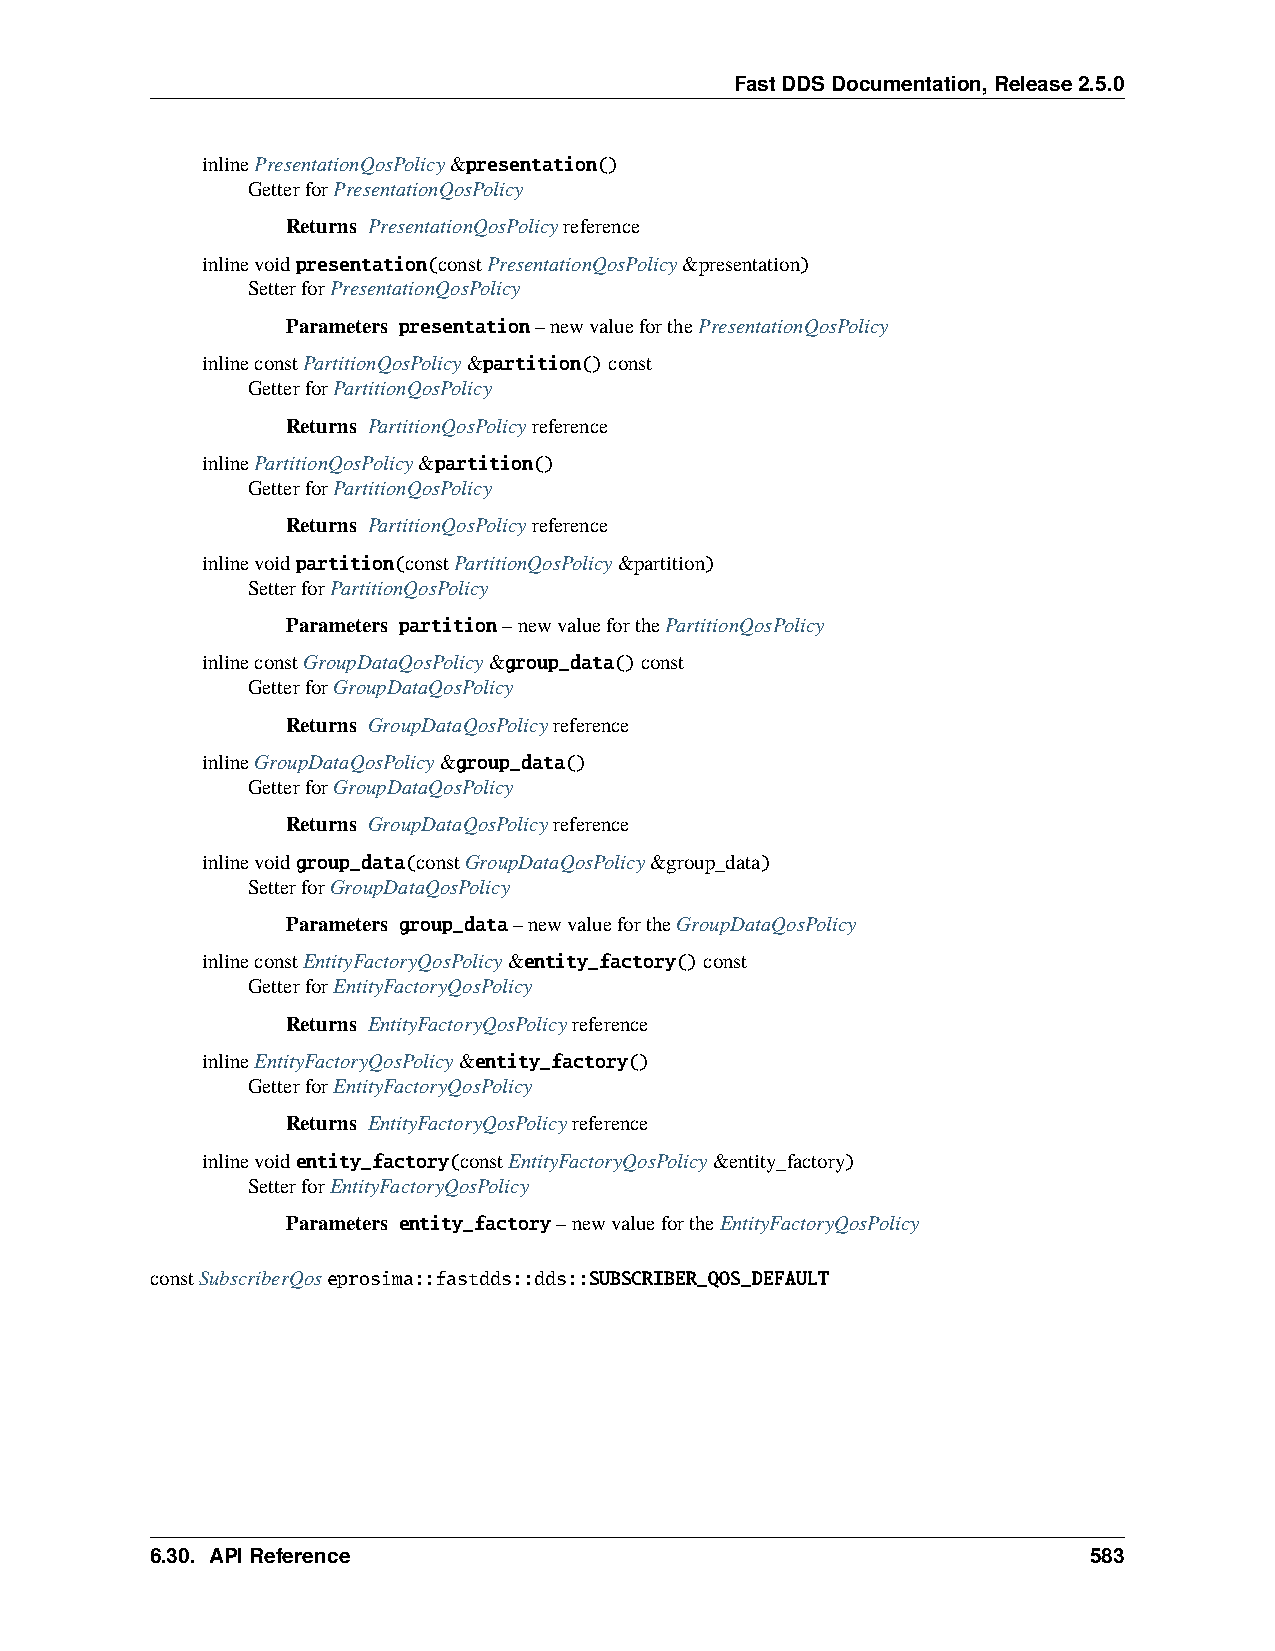
FastDDSDocumentation,Release2.5.0
 inlinePresentationQosPolicy&presentation()
 GetterforPresentationQosPolicy
 Returns PresentationQosPolicyreference
 inlinevoidpresentation(constPresentationQosPolicy&presentation)
 SetterforPresentationQosPolicy
 Parameters presentation–newvalueforthePresentationQosPolicy
 inlineconstPartitionQosPolicy&partition()const
 GetterforPartitionQosPolicy
 Returns PartitionQosPolicyreference
 inlinePartitionQosPolicy&partition()
 GetterforPartitionQosPolicy
 Returns PartitionQosPolicyreference
 inlinevoidpartition(constPartitionQosPolicy&partition)
 SetterforPartitionQosPolicy
 Parameters partition–newvalueforthePartitionQosPolicy
 inlineconstGroupDataQosPolicy&group_data()const
 GetterforGroupDataQosPolicy
 Returns GroupDataQosPolicyreference
 inlineGroupDataQosPolicy&group_data()
 GetterforGroupDataQosPolicy
 Returns GroupDataQosPolicyreference
 inlinevoidgroup_data(constGroupDataQosPolicy&group_data)
 SetterforGroupDataQosPolicy
 Parameters group_data–newvaluefortheGroupDataQosPolicy
 inlineconstEntityFactoryQosPolicy&entity_factory()const
 GetterforEntityFactoryQosPolicy
 Returns EntityFactoryQosPolicyreference
 inlineEntityFactoryQosPolicy&entity_factory()
 GetterforEntityFactoryQosPolicy
 Returns EntityFactoryQosPolicyreference
 inlinevoidentity_factory(constEntityFactoryQosPolicy&entity_factory)
 SetterforEntityFactoryQosPolicy
 Parameters entity_factory–newvaluefortheEntityFactoryQosPolicy
 constSubscriberQoseprosima::fastdds::dds::SUBSCRIBER_QOS_DEFAULT
 6.30. APIReference                                            583